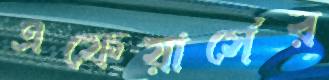
এফেয়ার্সের